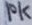
Text: 10K